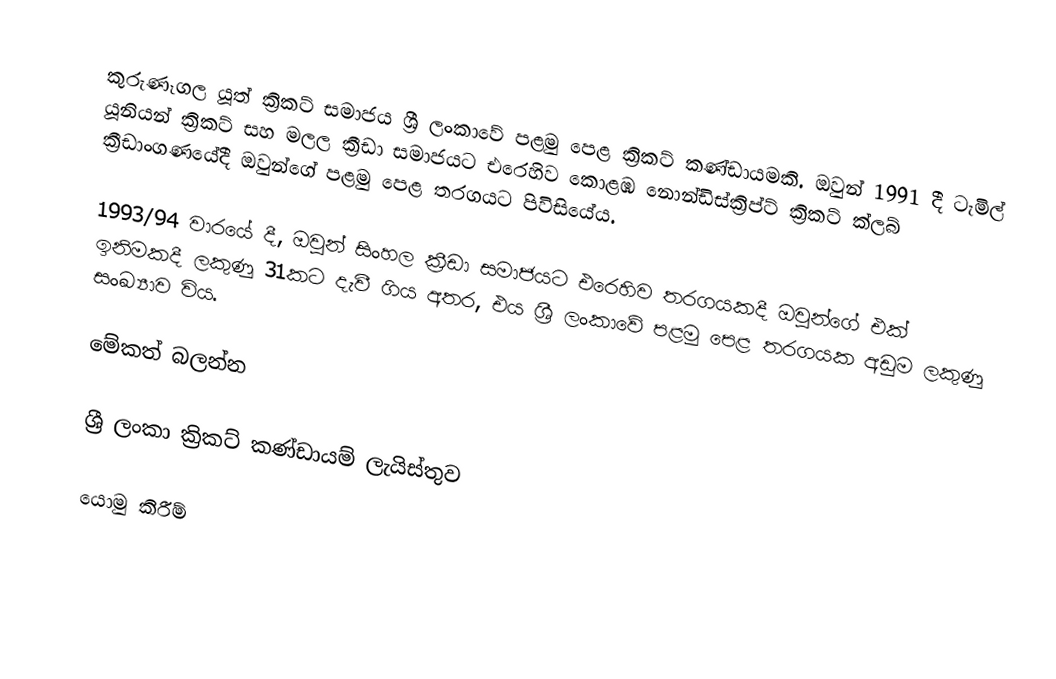
කුරුණෑගල යූත් ක්‍රිකට් සමාජය ශ්‍රී ලංකාවේ පළමු පෙළ ක්‍රිකට් කණ්ඩායමකි. ඔවුන් 1991 දී ටැමිල් යූනියන් ක්‍රිකට් සහ මලල ක්‍රීඩා සමාජයට එරෙහිව කොළඹ නොන්ඩිස්ක්‍රිප්ට් ක්‍රිකට් ක්ලබ් ක්‍රීඩාංගණයේදී ඔවුන්ගේ පළමු පෙළ තරගයට පිවිසියේය.

1993/94 වාරයේ දී, ඔවුන් සිංහල ක්‍රීඩා සමාජයට එරෙහිව තරගයකදී ඔවුන්ගේ එක් ඉනිමකදී ලකුණු 31කට දැවී ගිය අතර, එය ශ්‍රී ලංකාවේ පළමු පෙළ තරගයක අඩුම ලකුණු සංඛ්‍යාව විය.

මේකත් බලන්න

 ශ්‍රී ලංකා ක්‍රිකට් කණ්ඩායම් ලැයිස්තුව

යොමු කිරීම්